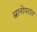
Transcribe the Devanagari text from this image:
स्नानोपरांत